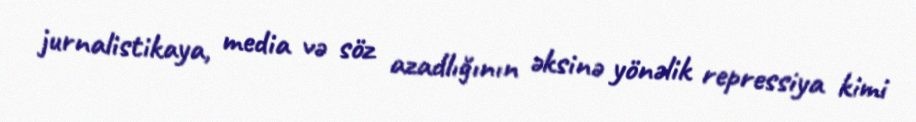
jurnalistikaya, media və söz azadlığının əksinə yönəlik repressiya kimi